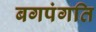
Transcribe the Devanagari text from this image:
बगपंगति